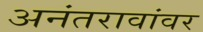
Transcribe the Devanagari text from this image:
अनंतरावांवर